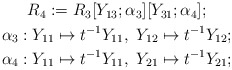
\begin{align*}\begin{gathered}R_4 := R_3[Y_{13};\alpha_3][Y_{31};\alpha_4];\\\alpha_3: Y_{11} \mapsto t^{-1}Y_{11}, \ Y_{12} \mapsto t^{-1}Y_{12}; \\\alpha_4: Y_{11} \mapsto t^{-1}Y_{11}, \ Y_{21} \mapsto t^{-1}Y_{21};\end{gathered}\end{align*}